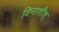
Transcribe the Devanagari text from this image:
विनाशीश्